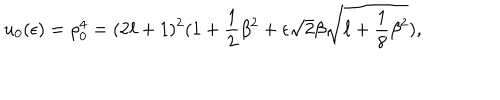
u _ { 0 } ( \epsilon ) = \rho _ { 0 } ^ { 4 } = ( 2 \ell + 1 ) ^ { 2 } ( 1 + \frac { 1 } { 2 } \beta ^ { 2 } + \epsilon \sqrt { 2 } \beta \sqrt { \ell + \frac { 1 } { 8 } \beta ^ { 2 } } ) ,